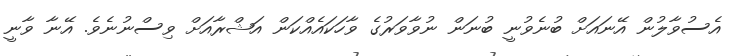
އެސުވާލުން އޭނައަށް ބުނެވުނީ ބުނަން ނުވާވަރުގެ ވާހަކައެއްކަން އަޝްރާއަށް ވިސްނުނެވެ. އޭނާ ވާނީ